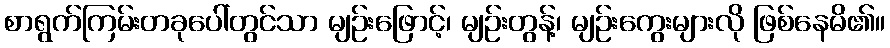
စာရွက်ကြမ်းတခုပေါ်တွင်သာ မျဉ်းဖြောင့်၊ မျဉ်းတွန့်၊ မျဉ်းကွေးများလို ဖြစ်နေမိ၏။